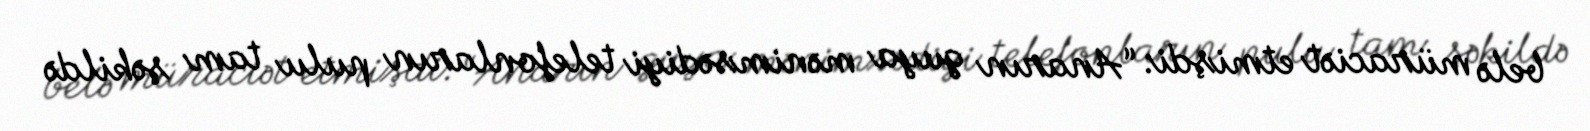
belə müraciət etmişdi: “Anarın guya mənimsədiyi telefonların pulu tam şəkildə